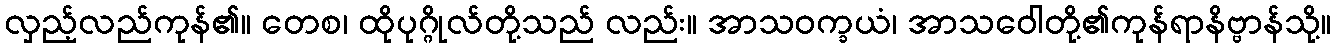
လှည့်လည်ကုန်၏။ တေစ၊ ထိုပုဂ္ဂိုလ်တို့သည် လည်း။ အာသဝက္ခယံ၊ အာသဝေါတို့၏ကုန်ရာနိဗ္ဗာန်သို့။